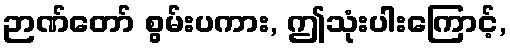
ဉာဏ်တော် စွမ်းပကား, ဤသုံးပါးကြောင့်,